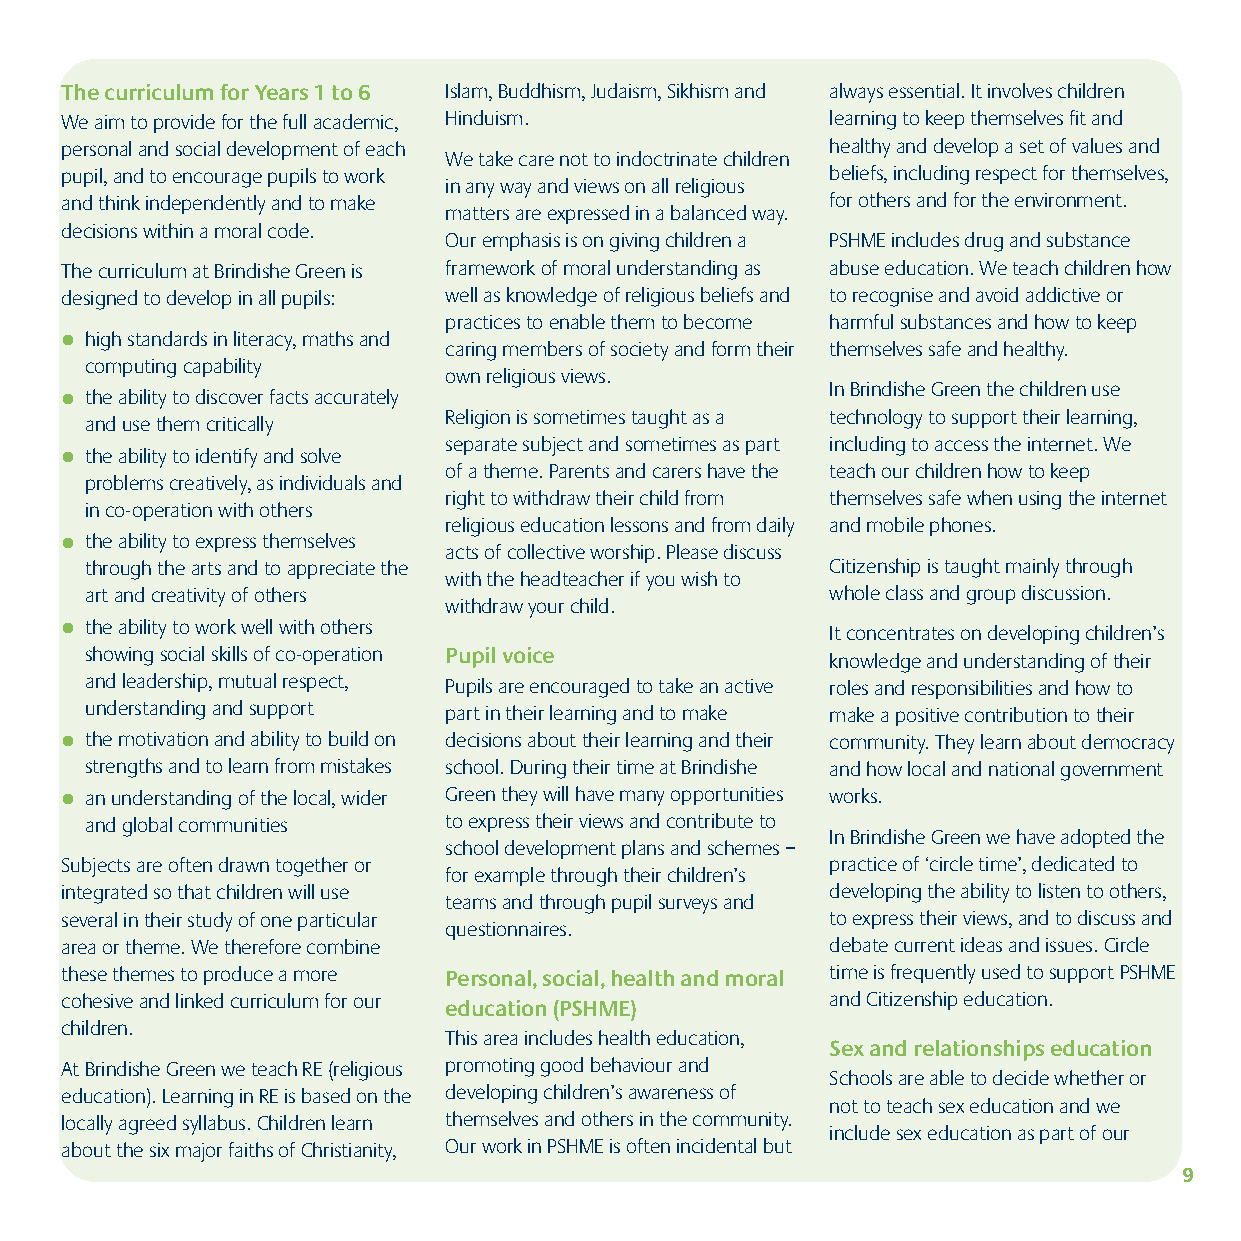
The curriculum for Years 1 to 6 Islam, Buddhism, Judaism, Sikhism and always essential. It involves children
 We aim to provide for the full academic, Hinduism. learning to keep themselves fit and
 personal and social development of each            healthy and develop a set of values and
 We take care not to indoctrinate children
 pupil, and to encourage pupils to work             beliefs, including respect for themselves,
 in any way and views on all religious
 and think independently and to make                for others and for the environment.
 matters are expressed in a balanced way.
 decisions within a moral code.
 Our emphasis is on giving children a PSHME includes drug and substance
 The curriculum at Brindishe Green is framework of moral understanding as abuse education. We teach children how
 designed to develop in all pupils: well as knowledge of religious beliefs and to recognise and avoid addictive or
 practices to enable them to become harmful substances and how to keep
 l high standards in literacy, maths and
 caring members of society and form their themselves safe and healthy.
 computing capability
 own religious views.
 In Brindishe Green the children use
 l the ability to discover facts accurately
 Religion is sometimes taught as a technology to support their learning,
 and use them critically
 separate subject and sometimes as part including to access the internet. We
 l the ability to identify and solve
 of a theme. Parents and carers have the teach our children how to keep
 problems creatively, as individuals and
 right to withdraw their child from themselves safe when using the internet
 in co-operation with others
 religious education lessons and from daily and mobile phones.
 l the ability to express themselves
 acts of collective worship. Please discuss
 through the arts and to appreciate the           Citizenship is taught mainly through
 with the headteacher if you wish to
 art and creativity of others                     whole class and group discussion.
 withdraw your child.
 l the ability to work well with others             It concentrates on developing children’s
 showing social skills of co-operation Pupil voice knowledge and understanding of their
 and leadership, mutual respect, Pupils are encouraged to take an active roles and responsibilities and how to
 understanding and support part in their learning and to make make a positive contribution to their
 l the motivation and ability to build on decisions about their learning and their community. They learn about democracy
 strengths and to learn from mistakes school. During their time at Brindishe and how local and national government
 l an understanding of the local, wider Green they will have many opportunities works.
 and global communities to express their views and contribute to
 In Brindishe Green we have adopted the
 school development plans and schemes –
 Subjects are often drawn together or               practice of ‘circle time’, dedicated to
 for example through their children’s
 integrated so that children will use               developing the ability to listen to others,
 teams and through pupil surveys and
 several in their study of one particular           to express their views, and to discuss and
 questionnaires.
 area or theme. We therefore combine                debate current ideas and issues. Circle
 these themes to produce a more Personal, social, health and moral time is frequently used to support PSHME
 cohesive and linked curriculum for our education (PSHME) and Citizenship education.
 children.
 This area includes health education,
 Sex and relationships education
 At Brindishe Green we teach RE (religious promoting good behaviour and
 Schools are able to decide whether or
 education). Learning in RE is based on the developing children’s awareness of
 not to teach sex education and we
 locally agreed syllabus. Children learn themselves and others in the community.
 include sex education as part of our
 about the six major faiths of Christianity, Our work in PSHME is often incidental but
 9